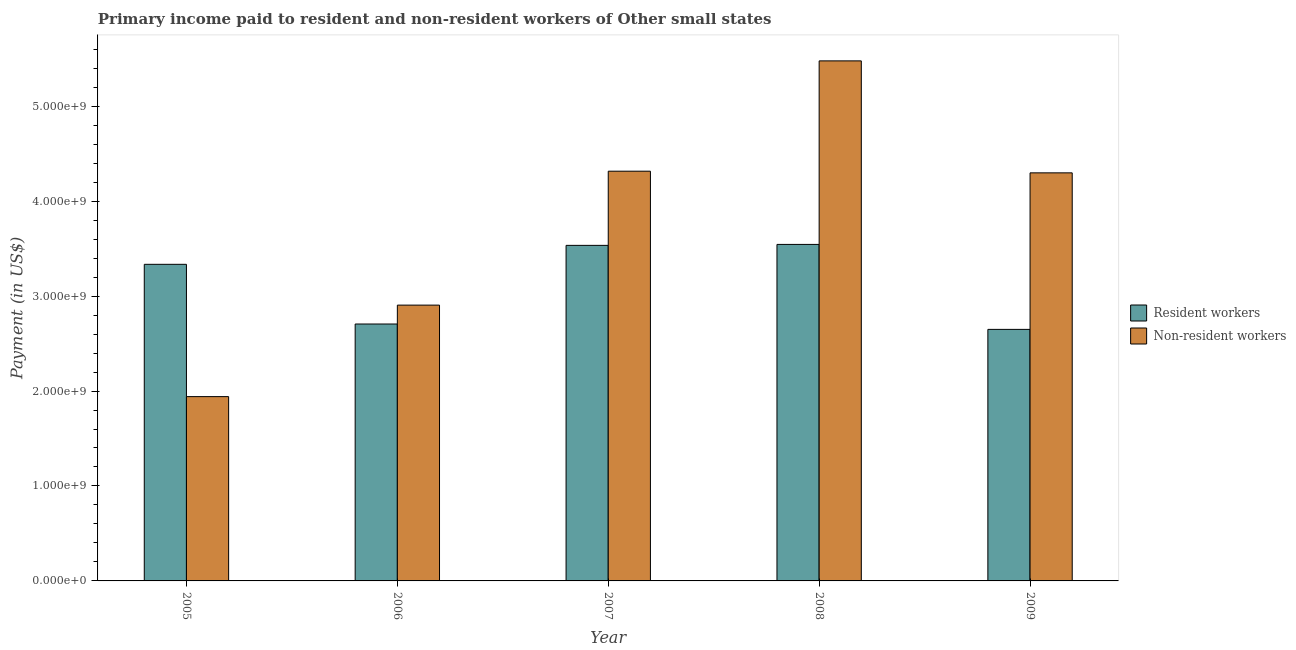
| Year | Resident workers | Non-resident workers |
 | --- | --- | --- |
 | 2005 | 3.33e+09 | 1.94e+09 |
 | 2006 | 2.71e+09 | 2.9e+09 |
 | 2007 | 3.53e+09 | 4.32e+09 |
 | 2008 | 3.54e+09 | 5.48e+09 |
 | 2009 | 2.65e+09 | 4.3e+09 |